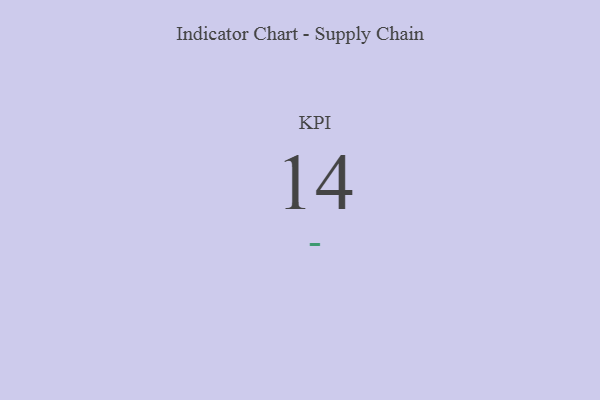
{"axis": {"x": "KPI", "y": "Value"}, "legend": [""], "data": [{"x": "KPI", "y": 14, "type": ""}]}